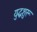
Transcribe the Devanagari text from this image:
युद्धशुरू